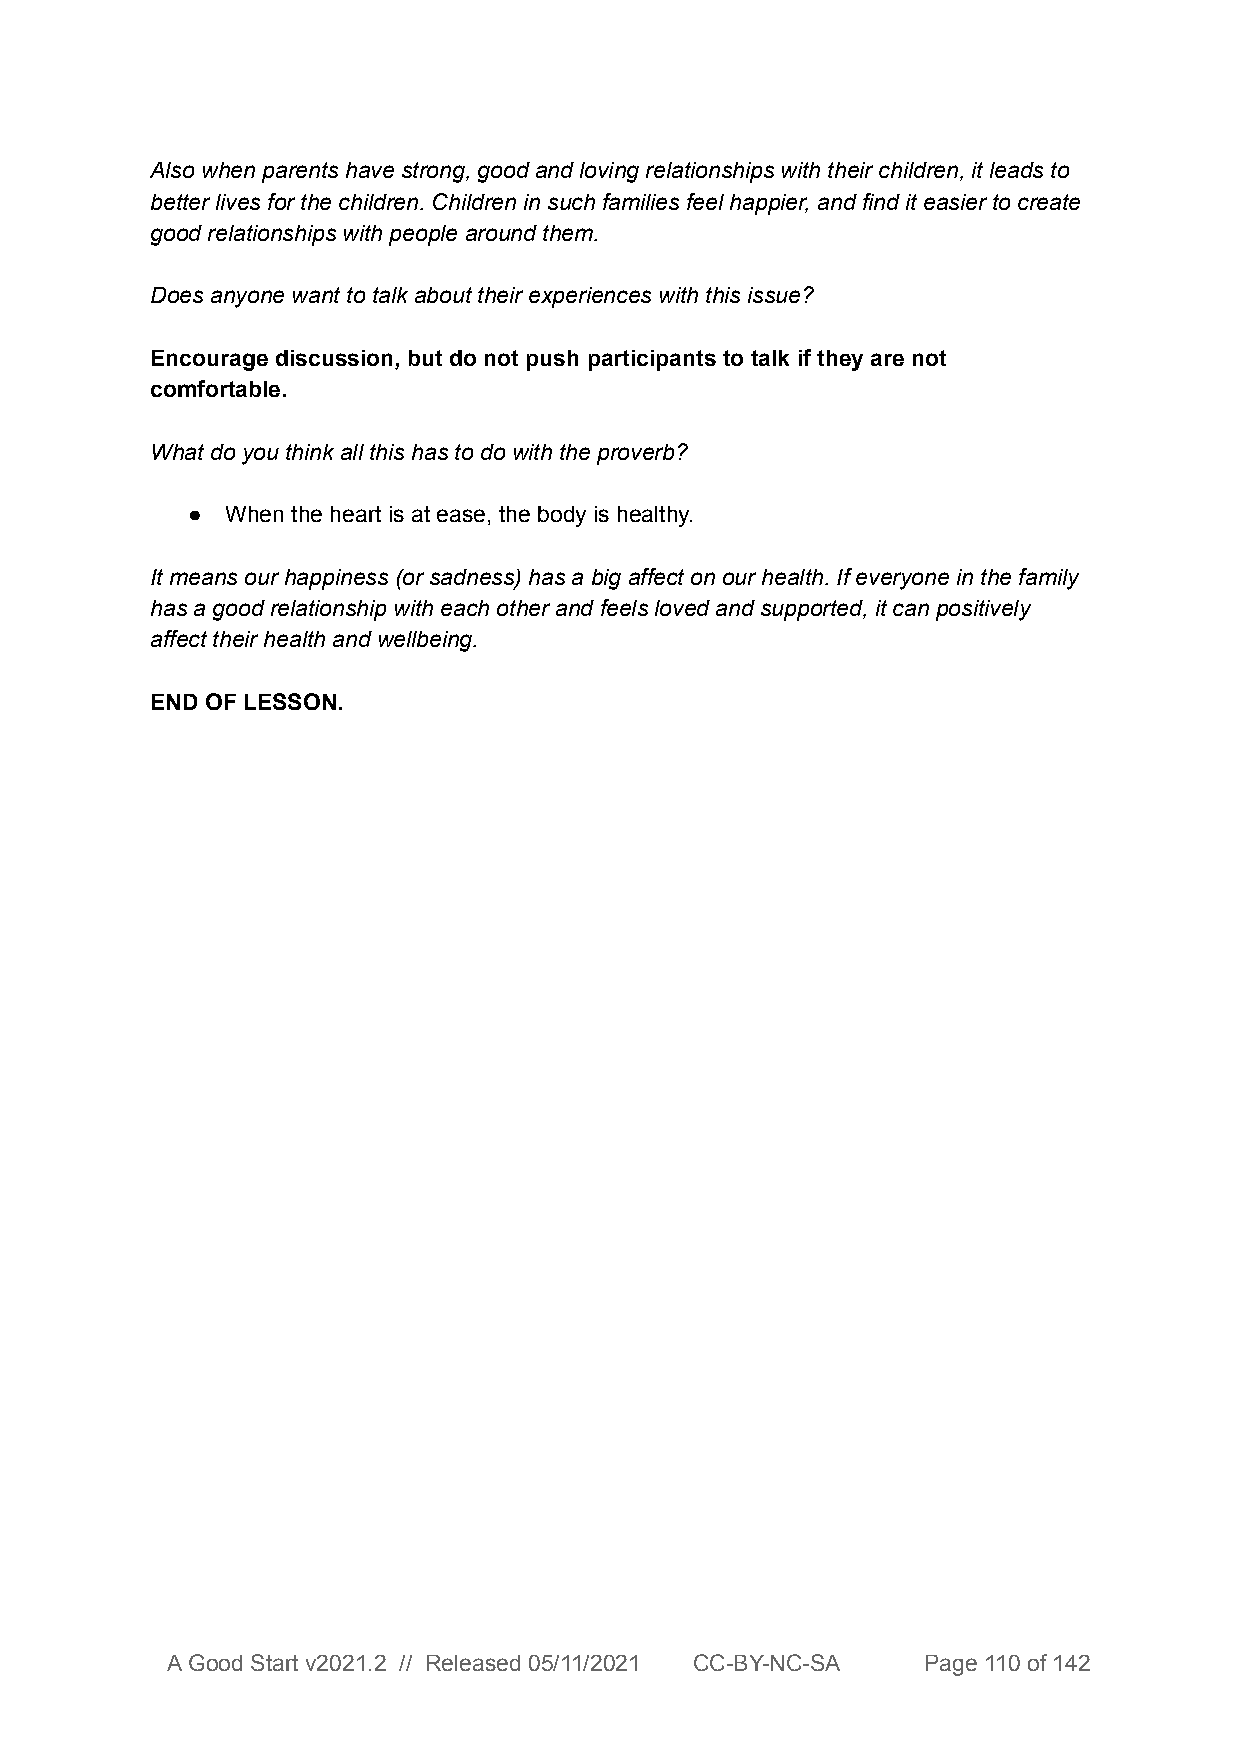
Also when parents have strong, good and loving relationships with their children, it leads to
 better lives for the children. Children in such families feel happier, and find it easier to create
 good relationships with people around them.
 Does anyone want to talk about their experiences with this issue?
 Encourage discussion, but do not push participants to talk if they are not
 comfortable.
 What do you think all this has to do with the proverb?
 ●  When the heart is at ease, the body is healthy.
 It means our happiness (or sadness) has a big affect on our health. If everyone in the family
 has a good relationship with each other and feels loved and supported, it can positively
 affect their health and wellbeing.
 END OF LESSON.
 A Good Start v2021.2 // Released 05/11/2021 CC-BY-NC-SA Page 110 of 142